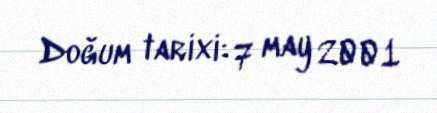
Doğum tarixi: 7 may 2001